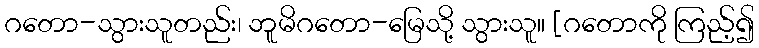
ဂတော-သွားသူတည်း၊ ဘူမိဂတော-မြေသို့ သွားသူ။ [ဂတောကို ကြည့်၍